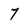
Character: 7